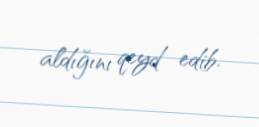
aldığını qeyd edib.